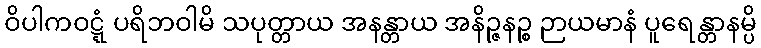
ဝိပါကဝဋ္ဋံ ပရိဘဝါမိ သပုတ္တာယ အနန္တာယ အနိဉ္ဇနဉ္စ ဉာယမာနံ ပူရေန္တာနမ္ပိ